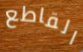
القاطع